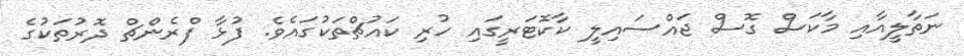
ނަތާލީއާއި މާކަސް ގޮސް ޖައްސައިލީ ކާކޮޓަރީގައި ހުރި ކައުޗްތަކުގައެވެ. ފުޅާ ފްރެންޗް ދޮރުތަކުގެ